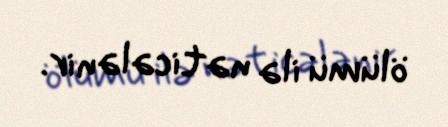
ölümü ilə nəticələnir.